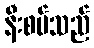
နီးစပ်သည်